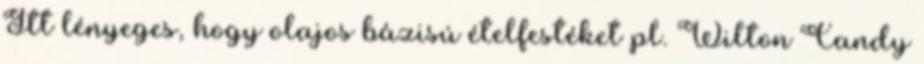
Itt lényeges, hogy olajos bázisú ételfestéket pl. Wilton Candy